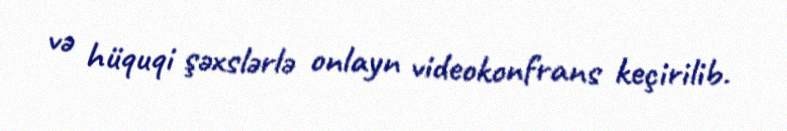
və hüquqi şəxslərlə onlayn videokonfrans keçirilib.